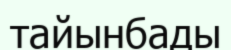
тайынбады